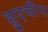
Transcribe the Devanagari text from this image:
हुएचीन